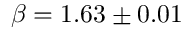
\beta = 1 . 6 3 \pm 0 . 0 1